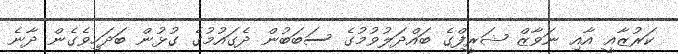
ކަރުޒާއީ އާއި ނަވާޒް ޝަރީފްގެ ބައްދަލުވުމުގެ ސަބަބުން ދެގައުމުގެ ގުޅުން ބަދަހިވެގެން ދާނެ